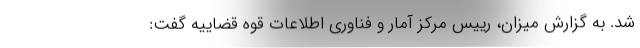
شد. به گزارش میزان، رییس مرکز آمار و فناوری اطلاعات قوه قضاییه گفت: